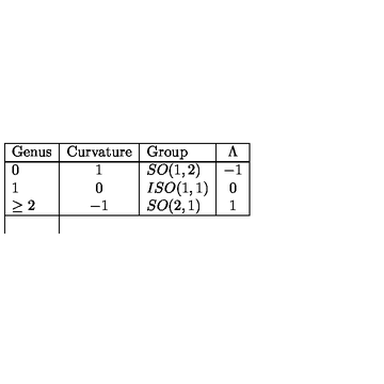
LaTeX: \begin{array} { | l | c | l | c | } \hline { \mathrm { G e n u s } } & { \mathrm { C u r v a t u r e } } & { \mathrm { G r o u p } } & { \Lambda } \\ \hline { 0 } & { 1 } & { S O ( 1 , 2 ) } & { - 1 } \\ { 1 } & { 0 } & { I S O ( 1 , 1 ) } & { 0 } \\ { \geq 2 } & { - 1 } & { S O ( 2 , 1 ) } & { 1 } \\ \hline { } \\ \end{array}